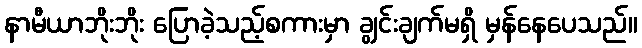
နာမီယာဘိုးဘိုး ပြောခဲ့သည့်စကားမှာ ချွင်းချက်မရှိ မှန်နေပေသည်။